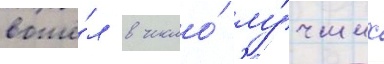
вошё́л в число́ лу́чших